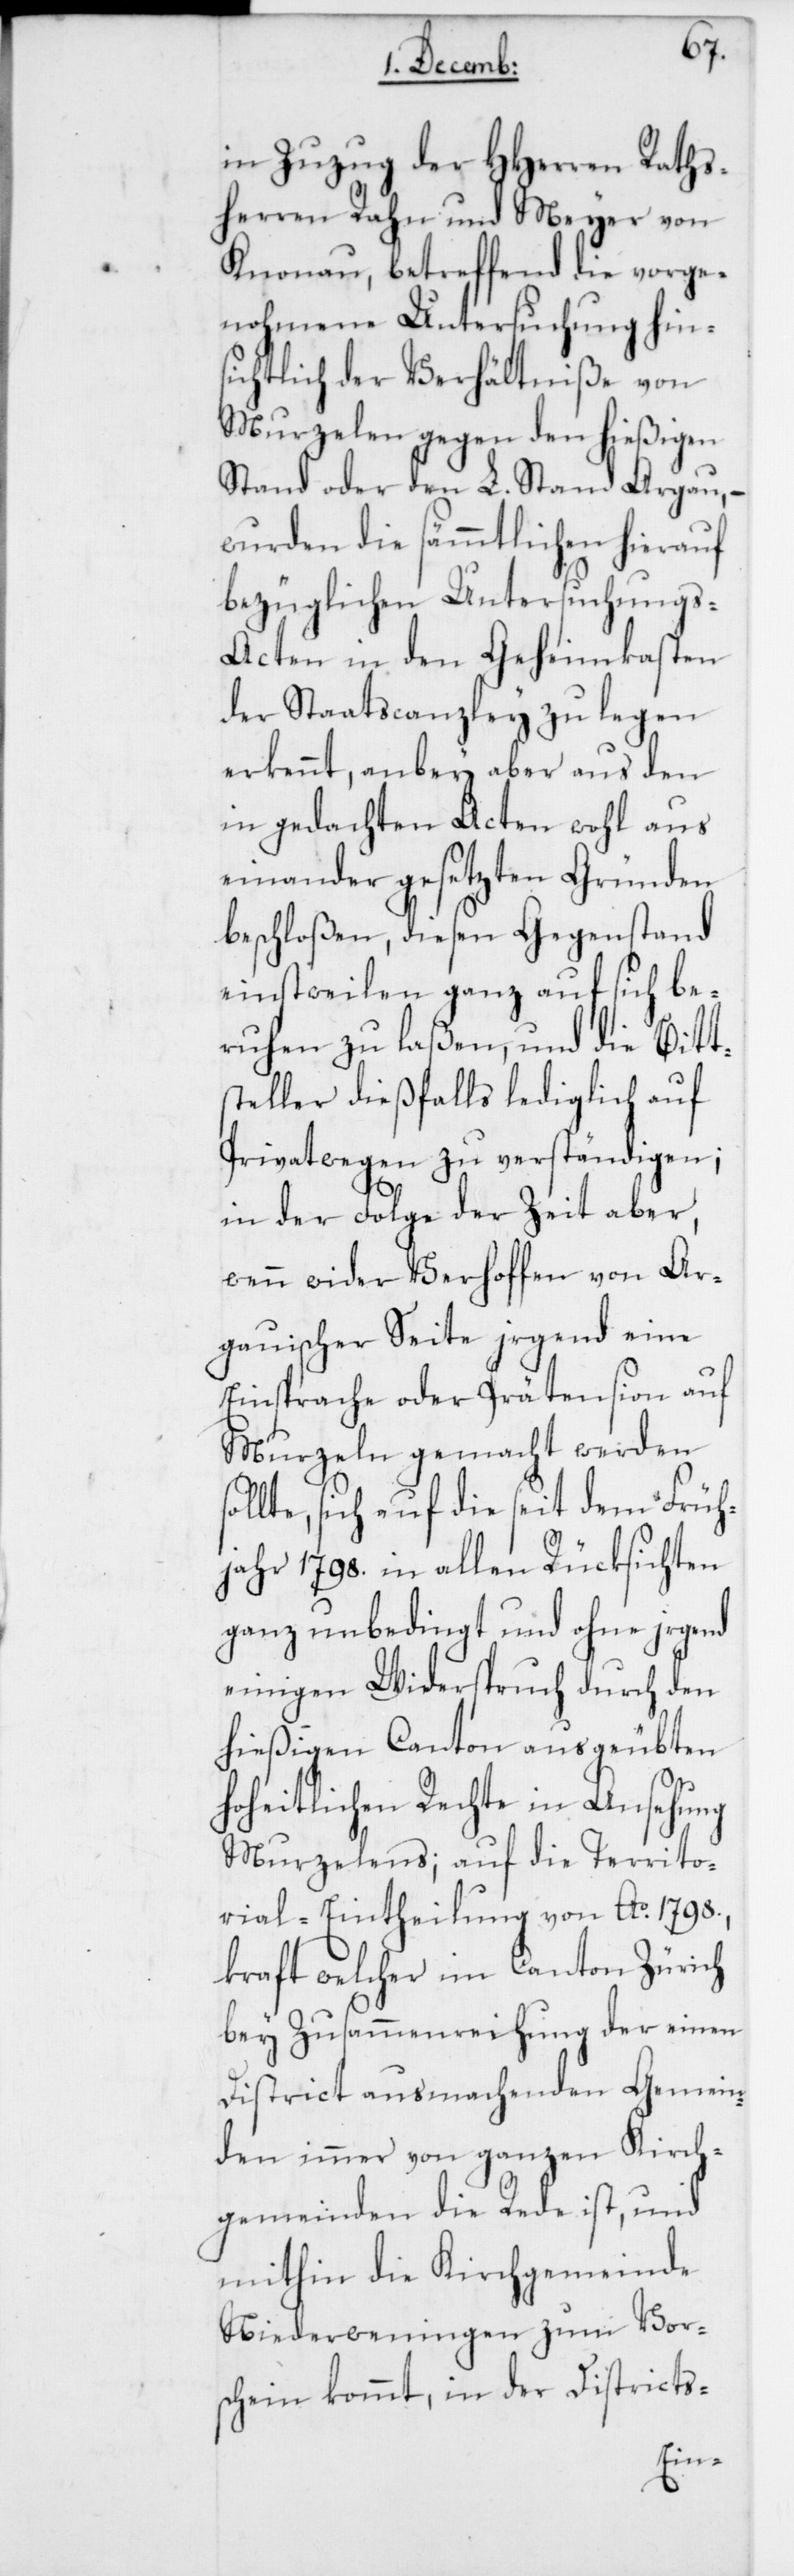
sol¬
in Zuzug der Hherren Raths¬
herren Rahn und Meyer von
Knonau, betreffend die vorge¬
nohmene Untersuchung hins¬
ichtlich der Verhältniße von
Murzelen gegen den hießigen
Stand oder den L. Stand Aargau,
wurden die sämmtlichen hierauf
bezüglichen Untersuchungs-A¬
cten in den Geheimkasten
der Staatscanzley zu legen
erkennt, anbey aber aus den
in gedachten Acten wohl aus
einander gesezten Gründen
beschloßen, diesen Gegenstand
einstweilen ganz auf sich be¬
ruhen zu laßen, und die Bitt¬
steller dießfalls lediglich auf
Privatwegen zu verständigen;
in der Folge der Zeit aber,
wenn wider Verhoffen von Ar¬
gauischer Seite irgend eine
Einsprache oder Prätension auf
Murzeln gemacht werden
lte, sich auf die seit dem Früh¬
jahr 1798 in allen Rüksichten
ganz unbedingt und ohne irgend
einigen Widerspruch durch den
hießigen Canton ausgeübten
hoheitlichen Rechte in Ansehung
Murzelens; auf die Territo¬
rial-Eintheilung von Ao. 1798,
kraft welcher im Canton Zürich
bey Zussammenreichung der einen
District ausmachenden Gemein¬
den immer von ganzen Kirch¬
gemeinden die Rede ist, und
mithin die Kirchgemeinde
Niederweningen zum Vor¬
schein kommt, in der Districts-